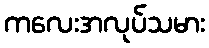
ကလေးအလုပ်သမား